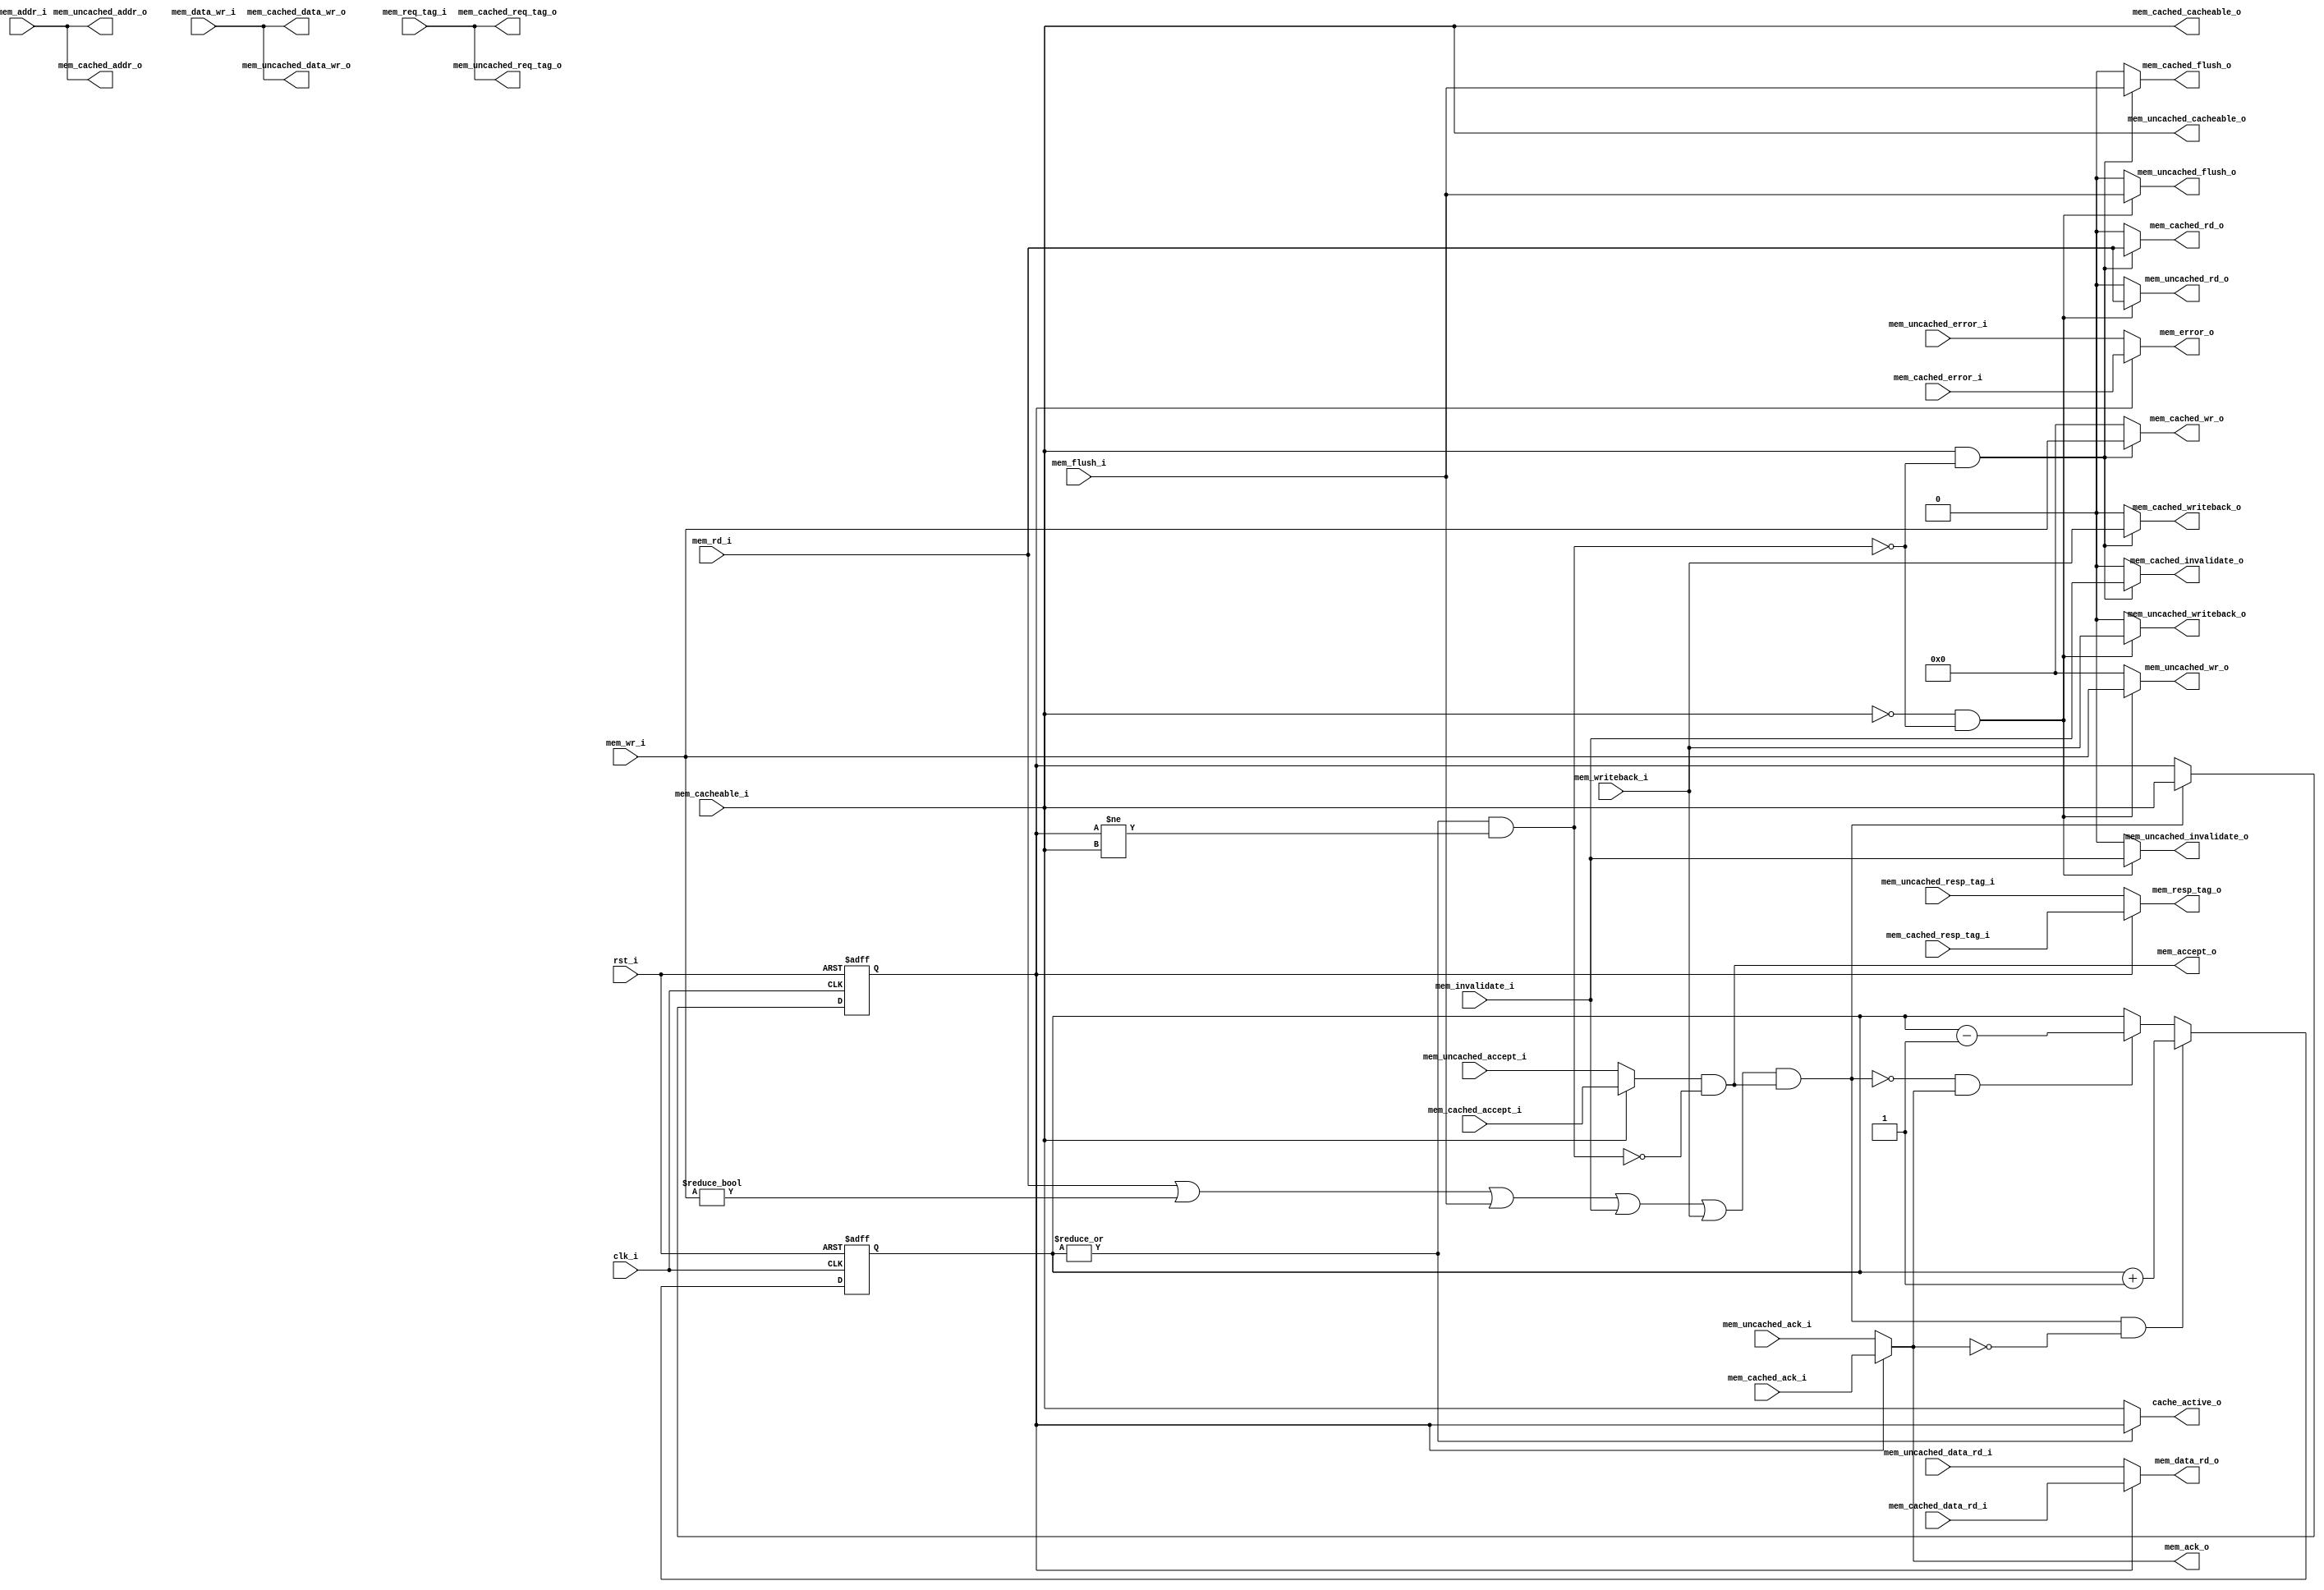
//-----------------------------------------------------------------
//                         RISC-V Top
//                            V0.6
//                     Ultra-Embedded.com
//                     Copyright 2014-2019
//
//                   admin@ultra-embedded.com
//
//                       License: BSD
//-----------------------------------------------------------------
//
// Copyright (c) 2014, Ultra-Embedded.com
// All rights reserved.
// 
// Redistribution and use in source and binary forms, with or without
// modification, are permitted provided that the following conditions 
// are met:
//   - Redistributions of source code must retain the above copyright
//     notice, this list of conditions and the following disclaimer.
//   - Redistributions in binary form must reproduce the above copyright
//     notice, this list of conditions and the following disclaimer 
//     in the documentation and/or other materials provided with the 
//     distribution.
//   - Neither the name of the author nor the names of its contributors 
//     may be used to endorse or promote products derived from this 
//     software without specific prior written permission.
// 
// THIS SOFTWARE IS PROVIDED BY THE COPYRIGHT HOLDERS AND CONTRIBUTORS 
// "AS IS" AND ANY EXPRESS OR IMPLIED WARRANTIES, INCLUDING, BUT NOT 
// LIMITED TO, THE IMPLIED WARRANTIES OF MERCHANTABILITY AND FITNESS FOR 
// A PARTICULAR PURPOSE ARE DISCLAIMED. IN NO EVENT SHALL THE AUTHOR BE 
// LIABLE FOR ANY DIRECT, INDIRECT, INCIDENTAL, SPECIAL, EXEMPLARY, OR 
// CONSEQUENTIAL DAMAGES (INCLUDING, BUT NOT LIMITED TO, PROCUREMENT OF 
// SUBSTITUTE GOODS OR SERVICES; LOSS OF USE, DATA, OR PROFITS; OR 
// BUSINESS INTERRUPTION) HOWEVER CAUSED AND ON ANY THEORY OF 
// LIABILITY, WHETHER IN CONTRACT, STRICT LIABILITY, OR TORT
// (INCLUDING NEGLIGENCE OR OTHERWISE) ARISING IN ANY WAY OUT OF 
// THE USE OF THIS SOFTWARE, EVEN IF ADVISED OF THE POSSIBILITY OF 
// SUCH DAMAGE.
//-----------------------------------------------------------------

//-----------------------------------------------------------------
//                          Generated File
//-----------------------------------------------------------------
module dcache_mux
(
    // Inputs
     input           clk_i
    ,input           rst_i
    ,input  [ 31:0]  mem_addr_i
    ,input  [ 31:0]  mem_data_wr_i
    ,input           mem_rd_i
    ,input  [  3:0]  mem_wr_i
    ,input           mem_cacheable_i
    ,input  [ 10:0]  mem_req_tag_i
    ,input           mem_invalidate_i
    ,input           mem_writeback_i
    ,input           mem_flush_i
    ,input  [ 31:0]  mem_cached_data_rd_i
    ,input           mem_cached_accept_i
    ,input           mem_cached_ack_i
    ,input           mem_cached_error_i
    ,input  [ 10:0]  mem_cached_resp_tag_i
    ,input  [ 31:0]  mem_uncached_data_rd_i
    ,input           mem_uncached_accept_i
    ,input           mem_uncached_ack_i
    ,input           mem_uncached_error_i
    ,input  [ 10:0]  mem_uncached_resp_tag_i

    // Outputs
    ,output [ 31:0]  mem_data_rd_o
    ,output          mem_accept_o
    ,output          mem_ack_o
    ,output          mem_error_o
    ,output [ 10:0]  mem_resp_tag_o
    ,output [ 31:0]  mem_cached_addr_o
    ,output [ 31:0]  mem_cached_data_wr_o
    ,output          mem_cached_rd_o
    ,output [  3:0]  mem_cached_wr_o
    ,output          mem_cached_cacheable_o
    ,output [ 10:0]  mem_cached_req_tag_o
    ,output          mem_cached_invalidate_o
    ,output          mem_cached_writeback_o
    ,output          mem_cached_flush_o
    ,output [ 31:0]  mem_uncached_addr_o
    ,output [ 31:0]  mem_uncached_data_wr_o
    ,output          mem_uncached_rd_o
    ,output [  3:0]  mem_uncached_wr_o
    ,output          mem_uncached_cacheable_o
    ,output [ 10:0]  mem_uncached_req_tag_o
    ,output          mem_uncached_invalidate_o
    ,output          mem_uncached_writeback_o
    ,output          mem_uncached_flush_o
    ,output          cache_active_o
);



wire hold_w;
reg  cache_access_q;

assign mem_cached_addr_o         = mem_addr_i;
assign mem_cached_data_wr_o      = mem_data_wr_i;
assign mem_cached_rd_o           = (mem_cacheable_i & ~hold_w) ? mem_rd_i : 1'b0;
assign mem_cached_wr_o           = (mem_cacheable_i & ~hold_w) ? mem_wr_i : 4'b0;
assign mem_cached_cacheable_o    = mem_cacheable_i;
assign mem_cached_req_tag_o      = mem_req_tag_i;
assign mem_cached_invalidate_o   = (mem_cacheable_i & ~hold_w) ? mem_invalidate_i : 1'b0;
assign mem_cached_writeback_o    = (mem_cacheable_i & ~hold_w) ? mem_writeback_i : 1'b0;
assign mem_cached_flush_o        = (mem_cacheable_i & ~hold_w) ? mem_flush_i : 1'b0;

assign mem_uncached_addr_o       = mem_addr_i;
assign mem_uncached_data_wr_o    = mem_data_wr_i;
assign mem_uncached_rd_o         = (~mem_cacheable_i & ~hold_w) ? mem_rd_i : 1'b0;
assign mem_uncached_wr_o         = (~mem_cacheable_i & ~hold_w) ? mem_wr_i : 4'b0;
assign mem_uncached_cacheable_o  = mem_cacheable_i;
assign mem_uncached_req_tag_o    = mem_req_tag_i;
assign mem_uncached_invalidate_o = (~mem_cacheable_i & ~hold_w) ? mem_invalidate_i : 1'b0;
assign mem_uncached_writeback_o  = (~mem_cacheable_i & ~hold_w) ? mem_writeback_i : 1'b0;
assign mem_uncached_flush_o      = (~mem_cacheable_i & ~hold_w) ? mem_flush_i : 1'b0;

assign mem_accept_o              =(mem_cacheable_i ? mem_cached_accept_i  : mem_uncached_accept_i) & !hold_w;
assign mem_data_rd_o             = cache_access_q ? mem_cached_data_rd_i  : mem_uncached_data_rd_i;
assign mem_ack_o                 = cache_access_q ? mem_cached_ack_i      : mem_uncached_ack_i;
assign mem_error_o               = cache_access_q ? mem_cached_error_i    : mem_uncached_error_i;
assign mem_resp_tag_o            = cache_access_q ? mem_cached_resp_tag_i : mem_uncached_resp_tag_i;

wire      request_w              = mem_rd_i | mem_wr_i != 4'b0 | mem_flush_i | mem_invalidate_i | mem_writeback_i;

reg [4:0] pending_r;
reg [4:0] pending_q;
always @ *
begin
    pending_r = pending_q;

    if ((request_w && mem_accept_o) && !mem_ack_o)
        pending_r = pending_r + 5'd1;
    else if (!(request_w && mem_accept_o) && mem_ack_o)
        pending_r = pending_r - 5'd1;
end

always @ (posedge clk_i or posedge rst_i)
if (rst_i)
    pending_q <= 5'b0;
else
    pending_q <= pending_r;

always @ (posedge clk_i or posedge rst_i)
if (rst_i)
    cache_access_q <= 1'b0;
else if (request_w && mem_accept_o)
    cache_access_q <= mem_cacheable_i;

assign hold_w = (|pending_q) && (cache_access_q != mem_cacheable_i);

assign cache_active_o = (|pending_q) ? cache_access_q : mem_cacheable_i;


endmodule